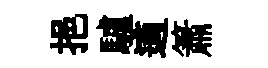
挹驢適簫